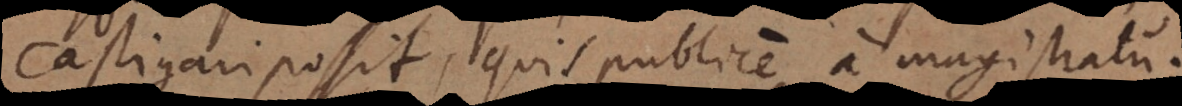
castigari possit, quis publice a magistratu.